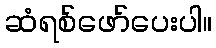
ဆံရစ်ဖော်ပေးပါ။